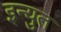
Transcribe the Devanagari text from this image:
इन्युत